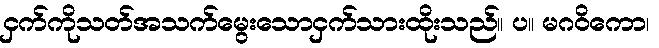
ငှက်ကိုသတ်အသက်မွေးသောငှက်သားထိုးသည်။ ပ။ မဂဝိကော၊